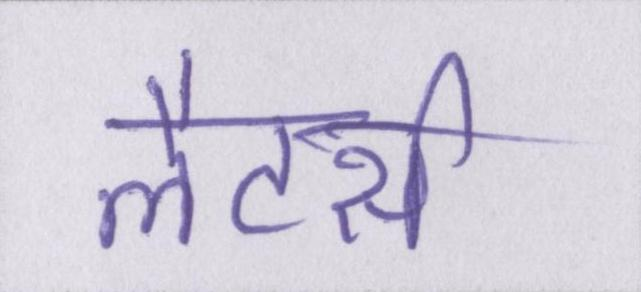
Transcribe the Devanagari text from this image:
लैटर्स